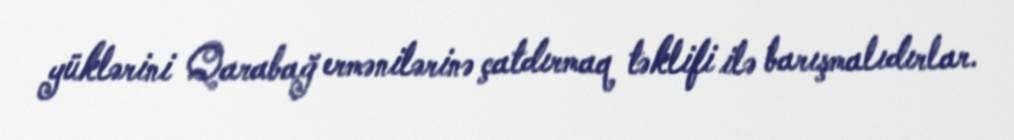
yüklərini Qarabağ ermənilərinə çatdırmaq təklifi ilə barışmalıdırlar.